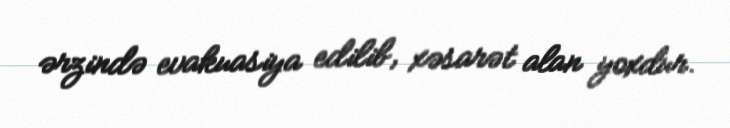
ərzində evakuasiya edilib, xəsarət alan yoxdur.